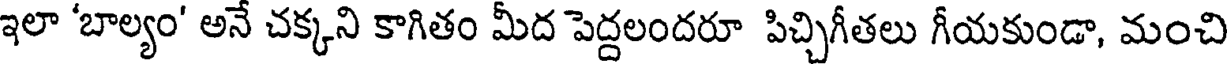
ఇలా 'బాల్యం' అనే చక్కని కాగితం మీద పెద్దలందరూ పిచ్చిగీతలు గీయకుండా, మంచి